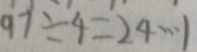
9 7 \div 4 = 2 4 \cdots 1